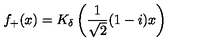
f _ { + } ( x ) = K _ { \delta } \left( \frac { 1 } { \sqrt { 2 } } ( 1 - i ) x \right)